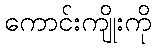
ကောင်းကျိုးကို